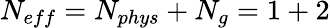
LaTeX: N_{eff}=N_{phys}+N_{g}=1+2